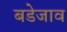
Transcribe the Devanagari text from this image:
बडेजाव